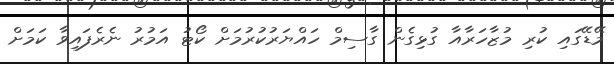
މޭޑޭގައި ކުރި މުޒާހަރާއާ ގުޅިގެން ގާސިމް ހައްޔަރުކުރުމަށް ކޯޓު އަމުރު ނެރެފައިވާ ކަމަށް